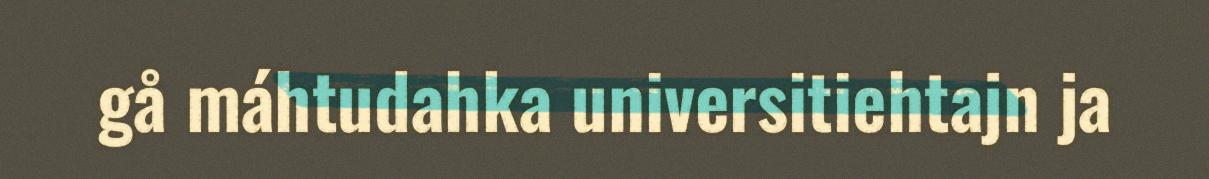
gå máhtudahka universitiehtajn ja